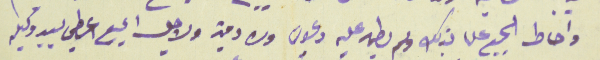
واحاط الجميع علما بذلك ولم يطهر عليه دعوى ولا دين ولاجل الجميع اعطي بيد وكيله